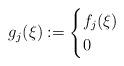
LaTeX: \begin{align*} g_j(\xi) := \begin{cases} f_j(\xi)&\\0& \end{cases}\end{align*}